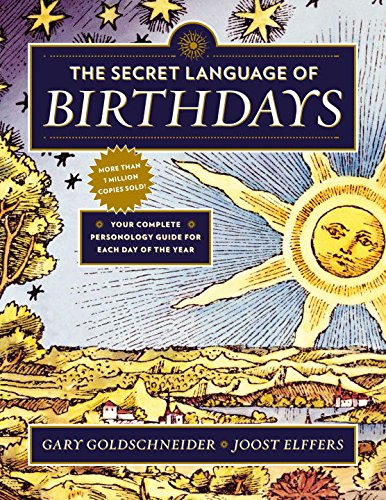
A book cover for The Secret Language of Birthdays; Gary Goldschneider; Health, Fitness & Dieting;